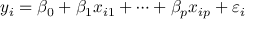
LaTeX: y _ { i } = \beta _ { 0 } + \beta _ { 1 } x _ { i 1 } + \cdots + \beta _ { p } x _ { i p } + \varepsilon _ { i }